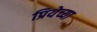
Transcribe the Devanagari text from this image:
प्रियेच्या